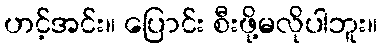
ဟင့်အင်း။ ပြောင်း စီးဖို့မလိုပါဘူး။